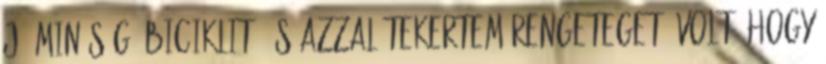
jó minőségű biciklit, és azzal tekertem rengeteget. Volt, hogy